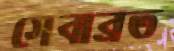
সেবাব্রত